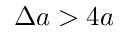
\Delta a > 4 a